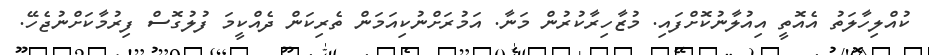
ކުއްލިހާލަތު އެއޮތީ އިއުލާނުކޮށްފައި. މުޒާހިރާކުރުން މަނާ. އަމުރަށްނުކިއަމަން ތެރިކަން ދެއްކީމަ ފުލުގޮސް ފިރުމާކަށްނުޖެހޭ.